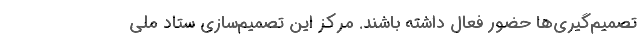
تصمیم‌گیری‌ها حضور فعال داشته باشند. مرکز این تصمیم‌سازی ستاد ملی